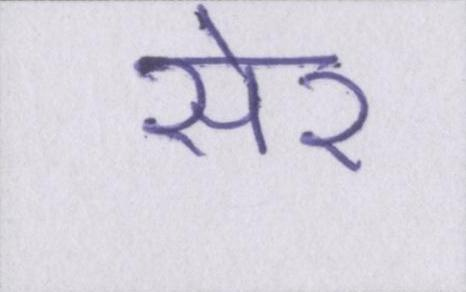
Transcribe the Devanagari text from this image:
सेर